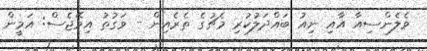
ވެލެންސިއާ އާއި ނިއު ބައްދަލުކުރި މެޗުގެ ތެރެއިން - ވަގުތު އިމޭޖެސް: އަމީން